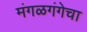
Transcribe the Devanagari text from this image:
मंगळगंगेचा